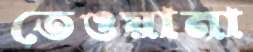
তেওয়ানা